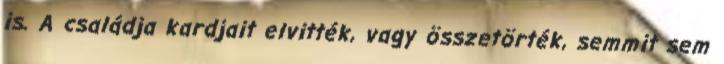
is. A családja kardjait elvitték, vagy összetörték, semmit sem